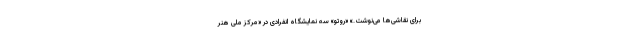
برای نقاشی‌ها می‌نوشت.» «روتو»‌ سه نمایشگاه انفرادی در «مرکز ملی هنر